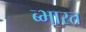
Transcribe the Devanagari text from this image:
ब्भारत